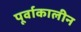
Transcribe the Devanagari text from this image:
पूर्वाकालीन